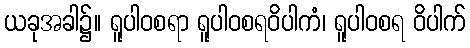
ယခုအခါ၌။ ရူပါဝစရာ ရူပါဝစရဝိပါကံ၊ ရူပါဝစရ ဝိပါက်